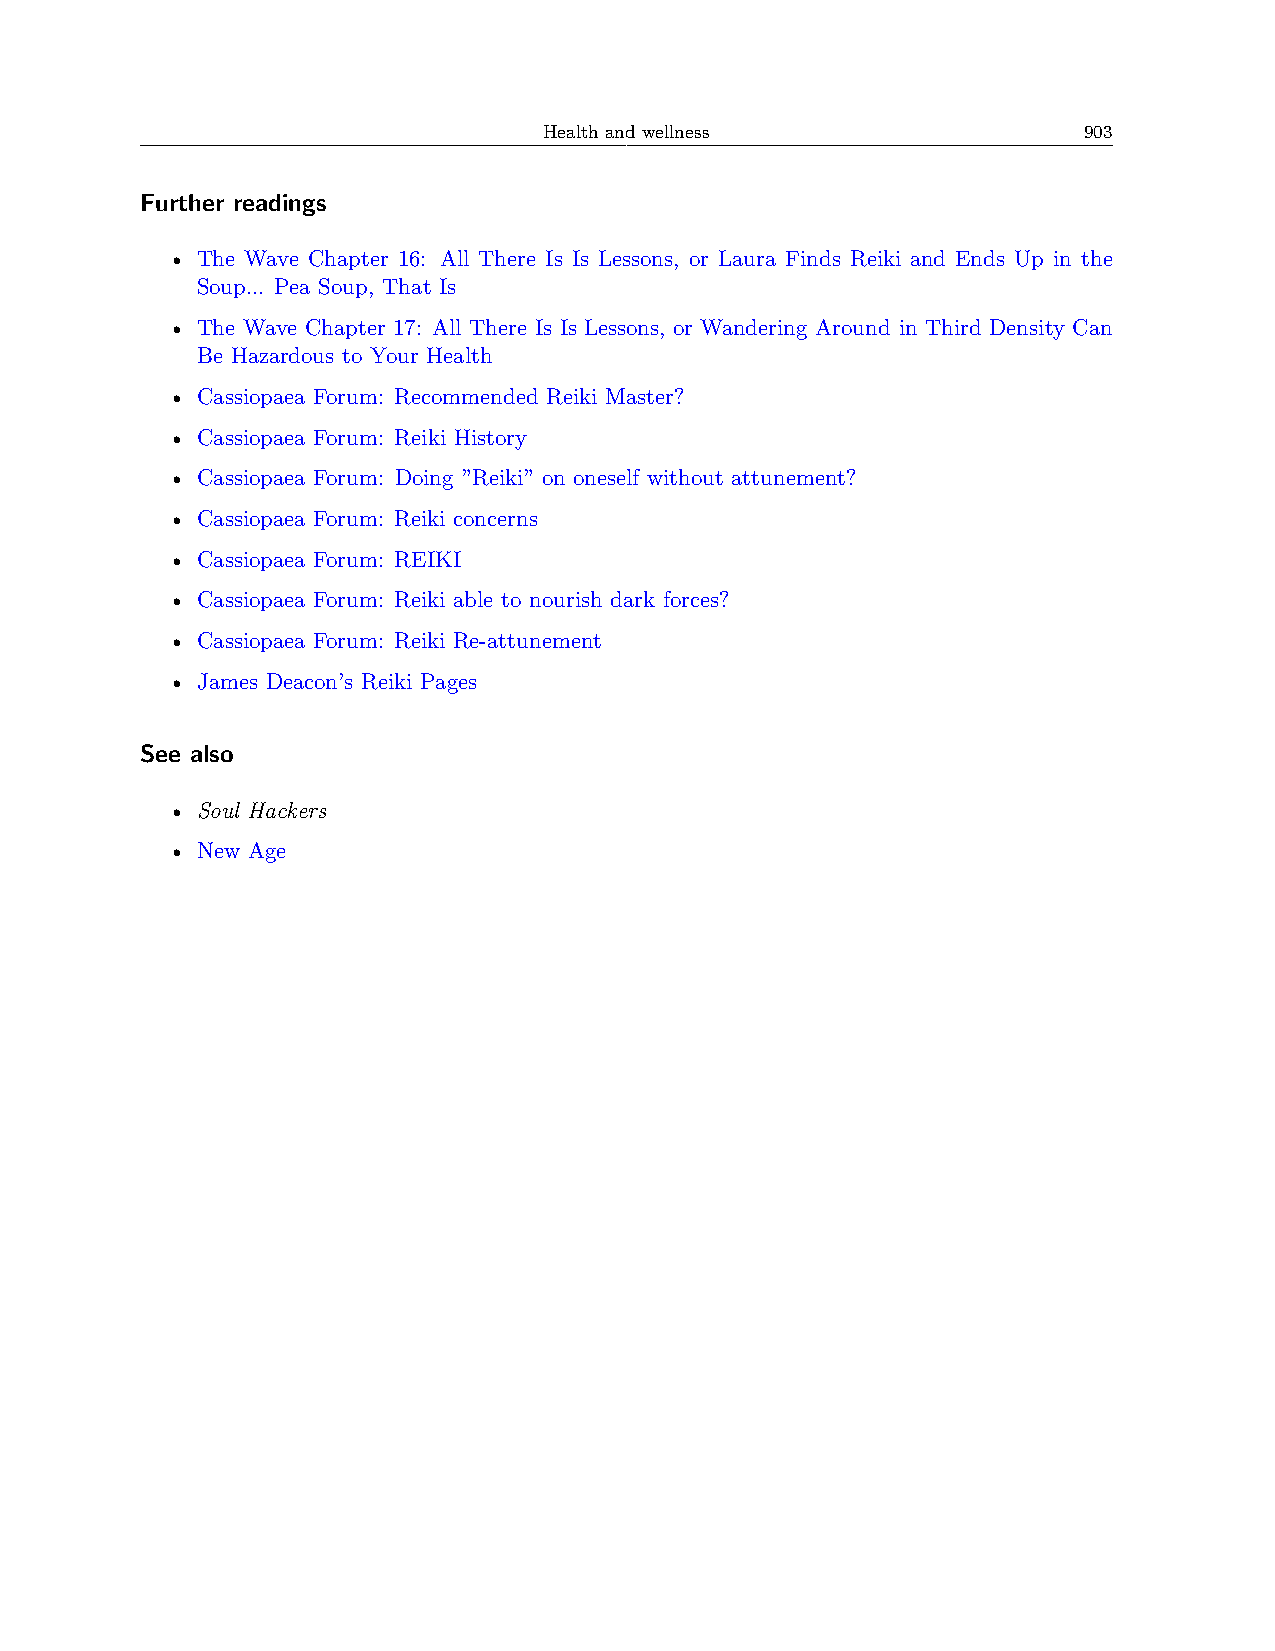
Health and wellness                 903
 Further readings
 • The Wave Chapter 16: All There Is Is Lessons, or Laura Finds Reiki and Ends Up in the
 Soup... Pea Soup, That Is
 • The Wave Chapter 17: All There Is Is Lessons, or Wandering Around in Third Density Can
 Be Hazardous to Your Health
 • Cassiopaea Forum: Recommended Reiki Master?
 • Cassiopaea Forum: Reiki History
 • Cassiopaea Forum: Doing ”Reiki” on oneself without attunement?
 • Cassiopaea Forum: Reiki concerns
 • Cassiopaea Forum: REIKI
 • Cassiopaea Forum: Reiki able to nourish dark forces?
 • Cassiopaea Forum: Reiki Re-attunement
 • James Deacon’s Reiki Pages
 See also
 • Soul Hackers
 • New Age